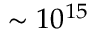
\sim 1 0 ^ { 1 5 }